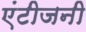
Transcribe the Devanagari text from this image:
एंटीजनी